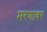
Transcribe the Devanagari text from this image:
मरणावर